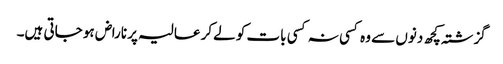
گزشتہ کچھ دنوں سے وہ کسی نہ کسی بات کو لےکر عالیہ پر ناراض ہو جاتی ہیں۔